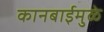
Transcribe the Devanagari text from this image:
कानबाईमुळे